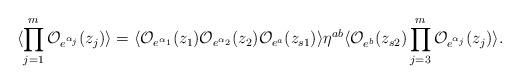
LaTeX: \begin{align*}\langle \prod_{j=1}^{m}{\cal O}_{e^{\alpha_{j}}}(z_{j})\rangle=\langle{\cal O}_{e^{\alpha_{1}}}(z_{1}){\cal O}_{e^{\alpha_{2}}}(z_{2}) {\cal O}_{e^{a}}(z_{s1})\rangle\eta^{ab}\langle{\cal O}_{e^{b}}(z_{s2})\prod_{j=3}^{m}{\cal O}_{e^{\alpha_{j}}}(z_{j}) \rangle.\end{align*}